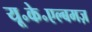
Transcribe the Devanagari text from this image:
यू॰के॰एल्बमज़